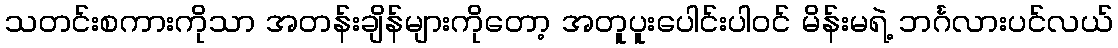
သတင်းစကားကိုသာ အတန်းချိန်များကိုတော့ အတူပူးပေါင်းပါဝင် မိန်းမရဲ့ ဘင်္ဂလားပင်လယ်